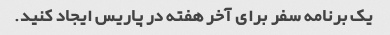
یک برنامه سفر برای آخر هفته در پاریس ایجاد کنید.